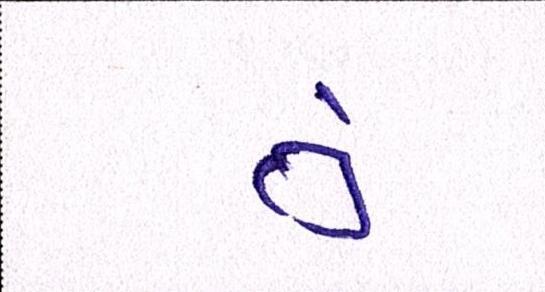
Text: તું